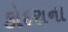
કોદરાના